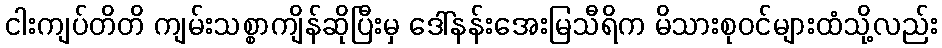
ငါးကျပ်တိတိ ကျမ်းသစ္စာကျိန်ဆိုပြီးမှ ဒေါ်နန်းအေးမြသီရိက မိသားစုဝင်များထံသို့လည်း